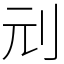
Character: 刓